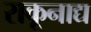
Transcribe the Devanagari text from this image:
राकूनाद्य